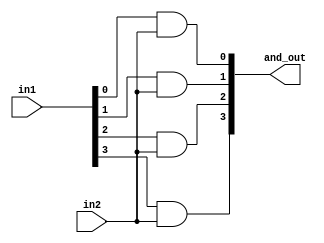
module and_4(
    input [3:0] in1,
    input in2,
    output [3:0] and_out
);
    and a0(and_out[0], in1[0], in2);
    and a1(and_out[1], in1[1], in2);
    and a2(and_out[2], in1[2], in2);
    and a3(and_out[3], in1[3], in2);
endmodule